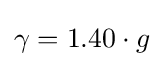
\gamma =1.40\cdot g